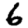
Digit: 6